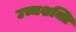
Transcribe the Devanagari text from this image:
उच्चशक्ति